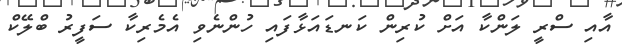
އާއި ސްރީ ލަންކާ އަށް ކުރިން ކަނޑައަޅާފައި ހުންނެވި އެމެރިކާ ސަފީރު ބްލޭކް